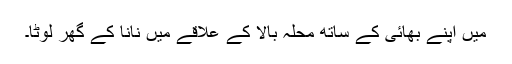
میں اپنے بھائی کے ساتھ محلہِ بالا کے علاقے میں نانا کے گھر لوٹا۔